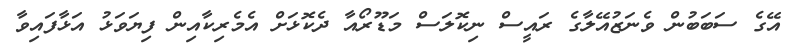
އޭގެ ސަބަބުން ވެނަޒުއޭލާގެ ރައީސް ނިކޮލަސް މަޑޫރޯއާ ދެކޮޅަށް އެމެރިކާއިން ފިޔަވަޅު އަޅާފައިވާ